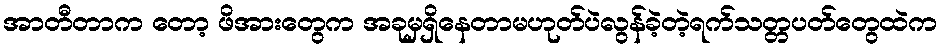
အာတီတာက တော့ ဖိအားတွေက အခုမှရှိနေတာမဟုတ်ပဲလွန်ခဲ့တဲ့ရက်သတ္တပတ်တွေထဲက